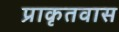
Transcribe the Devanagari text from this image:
प्राकृतवास